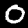
Label: 0